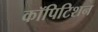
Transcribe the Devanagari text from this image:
कॉपिटिशन